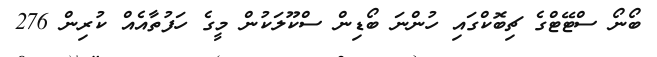
ބޯނޯ ސްޓޭޓްގެ ޗިބޮކްގައި ހުންނަ ބޯޑިން ސްކޫލަކުން މީގެ ހަފުތާއެއް ކުރިން 276